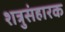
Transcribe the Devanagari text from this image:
शत्रुसंहारक